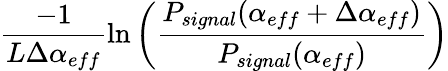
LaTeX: \frac{-1}{{L\Delta\alpha_{eff}}}\ln{\left(\frac{P_{signal}(\alpha_{eff}+\Delta\alpha_{eff})}{P_{signal}(\alpha_{eff})}\right)}